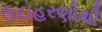
ઉદાહરણોથી